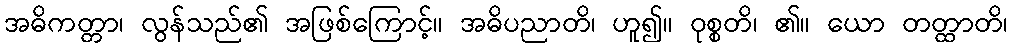
အဓိကတ္တာ၊ လွန်သည်၏ အဖြစ်ကြောင့်။ အဓိပညာတိ၊ ဟူ၍။ ဝုစ္စတိ၊ ၏။ ယော တတ္ထာတိ၊